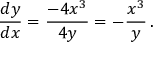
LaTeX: { \frac { d y } { d x } } = { \frac { - 4 x ^ { 3 } } { 4 y } } = - { \frac { x ^ { 3 } } { y } } \, .